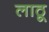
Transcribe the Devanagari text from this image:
लाठू